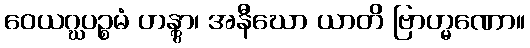
ဝေယဂ္ဃပဉ္စမံ ဟန္တွာ၊ အနီဃော ယာတိ ဗြာဟ္မဏော။